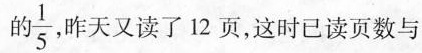
的 \frac{1}{5} 昨天又读了12页，这时已读页数与